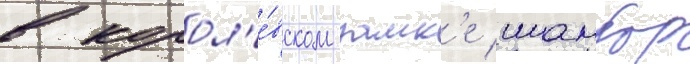
в корол'е́вском замк'е шамбор